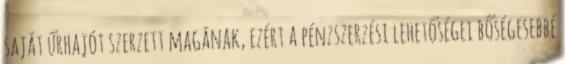
saját űrhajót szerzett magának, ezért a pénzszerzési lehetőségei bőségesebbé